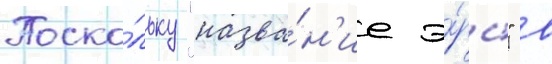
Поско́льку "назва́н'ие э́ры" в